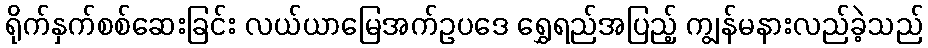
ရိုက်နှက်စစ်ဆေးခြင်း လယ်ယာမြေအက်ဥပဒေ ရွှေရည်အပြည့် ကျွန်မနားလည်ခဲ့သည်